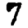
Digit: 7